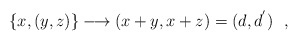
\begin{align*}\{ x,(y,z)\} \longrightarrow(x+y,x+z)=(d,d^{'}) \ \ ,\end{align*}